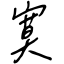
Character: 寞